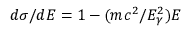
d \sigma / d E = 1 - ( m c ^ { 2 } / E _ { \gamma } ^ { 2 } ) E